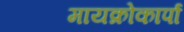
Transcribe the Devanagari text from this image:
मायक्रोकार्पा